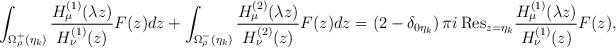
LaTeX: \begin{align*}\int_{\Omega _\rho ^+(\eta _k)} \frac{H^{(1)}_{\mu }(\lambda z)}{H^{(1)}_{\nu }(z)}F(z)dz+\int_{\Omega _\rho ^-(\eta _k)} \frac{H^{(2)}_{\mu }(\lambda z)}{H^{(2)}_{\nu }(z)}F(z)dz=\left( 2-\delta _{0\eta _k}\right) \pi i\, {\mathrm{Res}}_{z=\eta _k}\frac{H^{(1)}_{\mu }(\lambda z)}{H^{(1)}_{\nu }(z)}F(z),\end{align*}